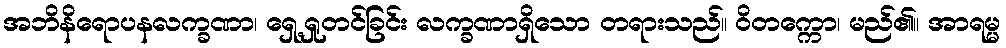
အဘိနိရောပနလက္ခဏာ၊ ရှေ့ရှုတင်ခြင်း လက္ခဏာရှိသော တရားသည်။ ဝိတက္ကော၊ မည်၏။ အာရမ္မ